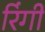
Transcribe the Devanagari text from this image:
रिंगी